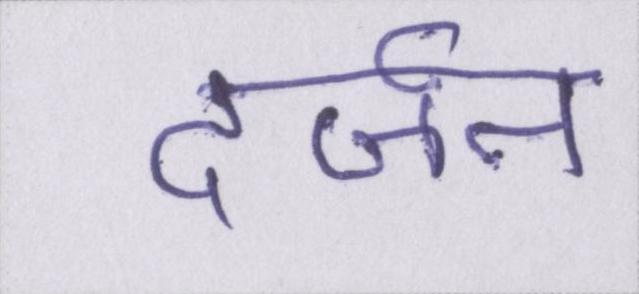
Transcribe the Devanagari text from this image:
दर्ज़न